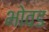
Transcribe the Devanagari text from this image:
भोवड